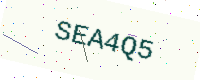
Text: SEA4Q5